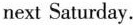
next Saturday.